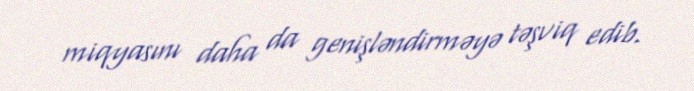
miqyasını daha da genişləndirməyə təşviq edib.